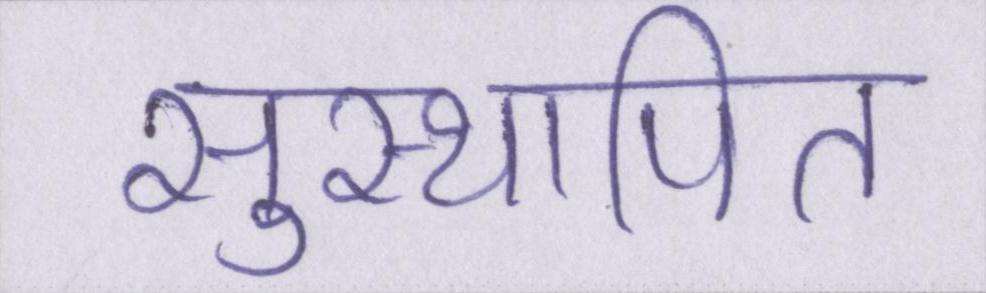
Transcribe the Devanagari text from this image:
सुस्थापित